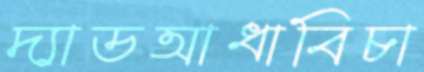
দ্যাডআধাবিচা